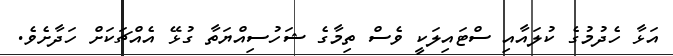
އަޅާ ހެދުމުގެ ކުލައާއި ސްޓައިލަކީ ވެސް ތިމާގެ ޝަހުސިއްޔަތާ ގުޅޭ އެއްޗަކަށް ހަދާށެވެ.